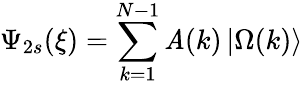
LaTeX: \Psi_{2s}(\xi)=\sum_{k=1}^{N-1}\mathit{A}(k)\left|\Omega(k)\right\rangle